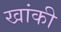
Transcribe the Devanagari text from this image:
खांकी